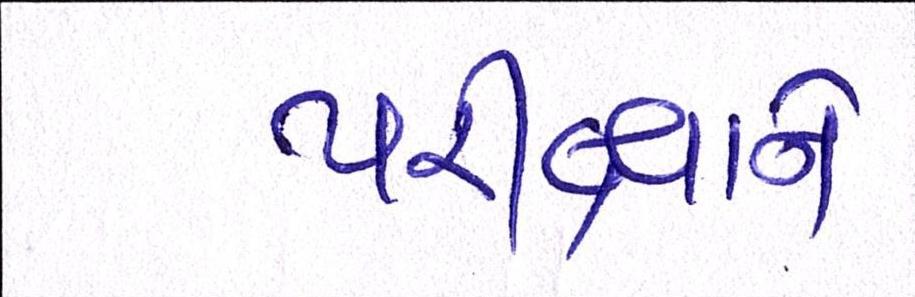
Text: પરીક્ષાને